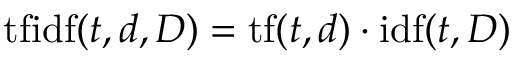
\mathrm { t f i d f } ( t , d , D ) = \mathrm { t f } ( t , d ) \cdot \mathrm { i d f } ( t , D )